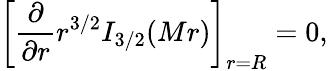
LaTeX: \left[{\frac{\partial}{\partial r}}r^{3/2}I_{3/2}(Mr)\right]_{r=R}=0,